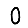
Digit: 0